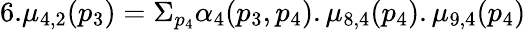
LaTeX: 6.\mu_{4,2}(p_{3})=\Sigma_{p_{4}}\alpha_{4}(p_{3},p_{4}).\mu_{8,4}(p_{4}).\mu_{9,4}(p_{4})